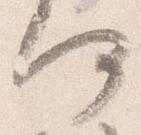
何